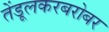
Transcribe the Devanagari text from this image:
तेंडूलकरबरोबर